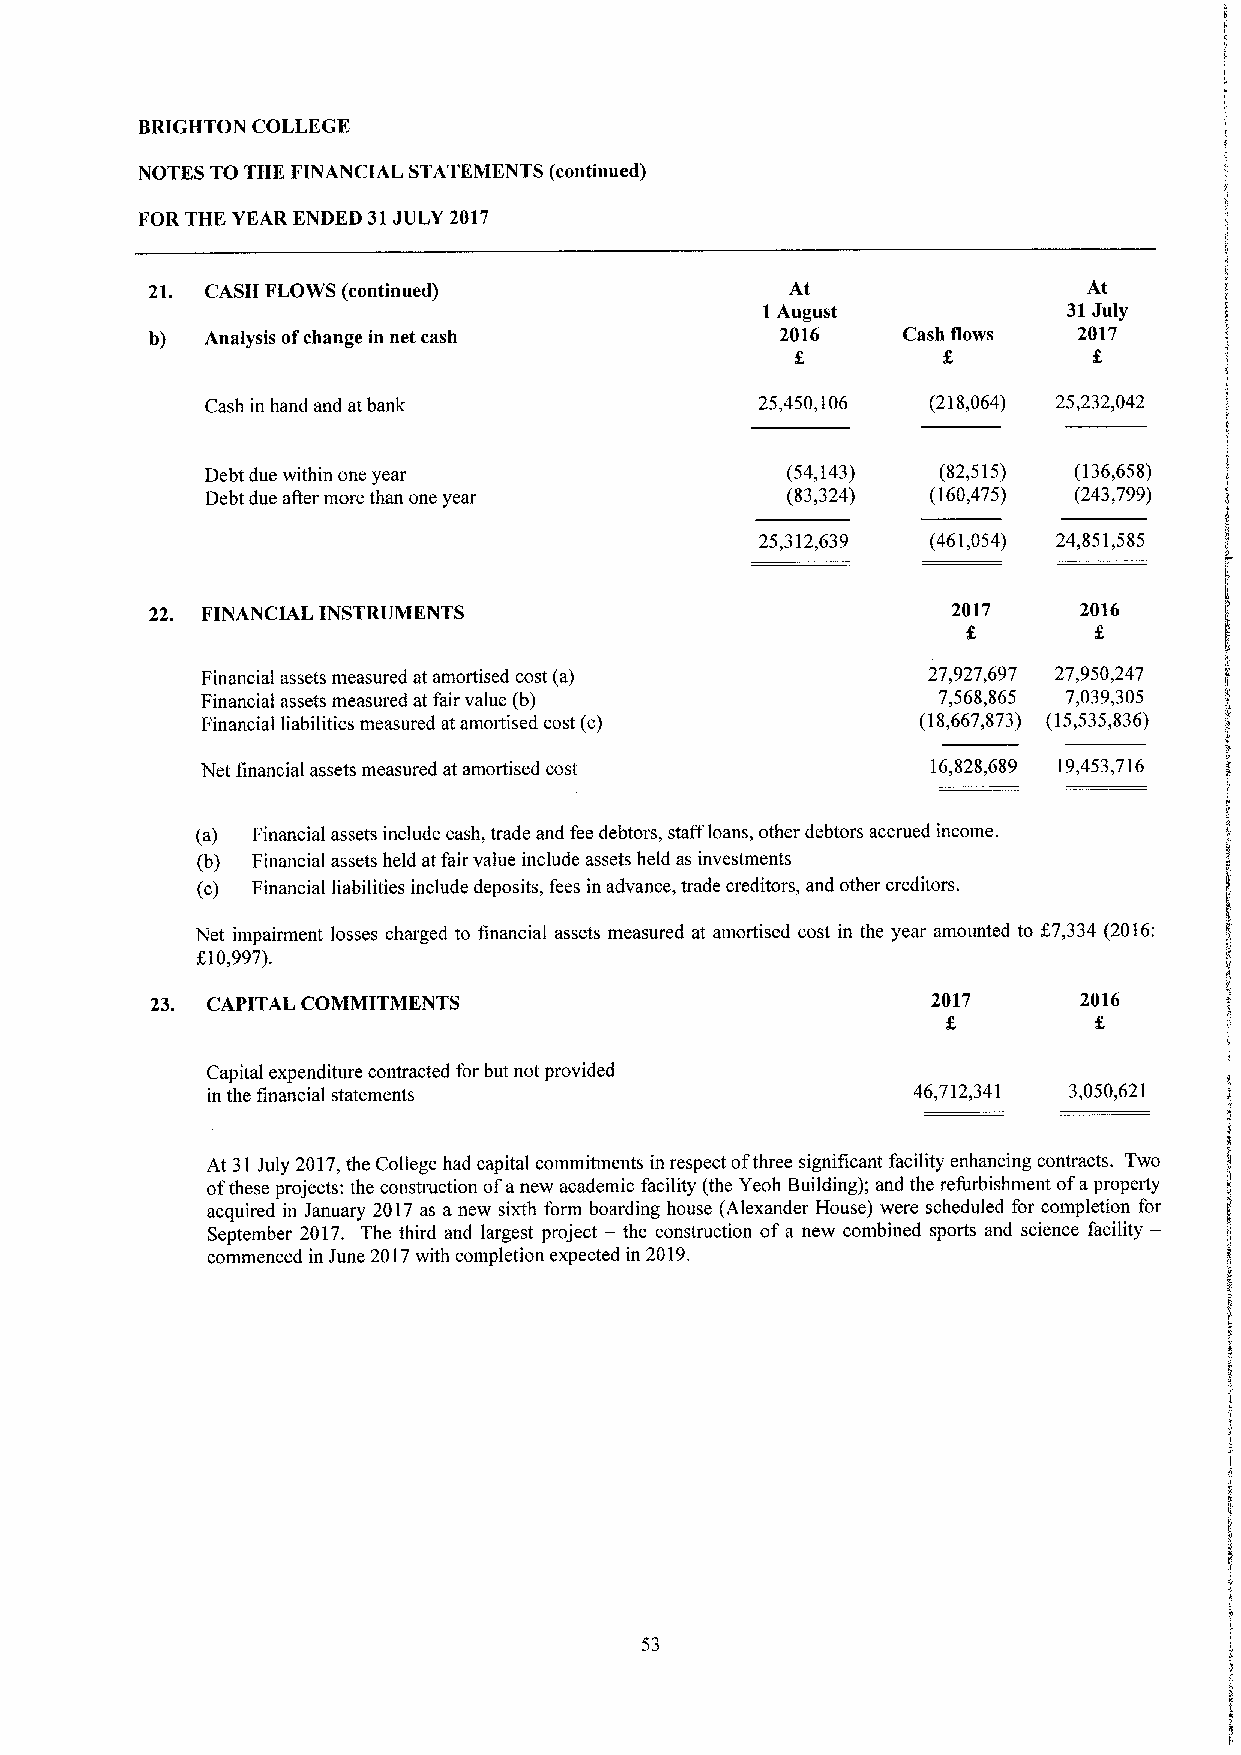
BRIGHTON COLLEGE
 NOTES TO THE FINANCIAL STATEMENTS (continued)
 FOR THE YEAR ENDED 31JULY 2017
 21. CASH FLOWS (continued)                At                  At
 1 August             31July
 b)  Analysis ofchange in net cash         2016    Cash flows 2017
 Cash in hand and at bank            25,450,106  (218,064) 25,232,042
 Debt due within one year              (54,143)  (82,515) (136,658)
 Debt due after more than one year     (83,324)  (160,475) (243,799)
 25,312,639  (461,054) 24,851,585
 22. FINANCIAL INSTRUMENTS                            2017    2016
 Financial assets measured at amortised cost (a) 27,927,697 27,950,247
 Financial assets measured at fair value (b)      7,568,865 7,039,305
 Financial liabilities measured at amortised cost (c) (18,667,873) (15,535,836)
 Net financial assets measured at amortised cost  16,828,689 19,453,716
 (a) Financial assets include cash, trade and fee debtors, staff loans, other debtors accrued income.
 (b) Financial assets held at fair value include assets held as investments
 (c) Financial liabilities include deposits, fees in advance, trade creditors, and other creditors.
 Net impairment losses charged to financial assets measured at amortised cost in the year amounted to f 7,334 (2016:
 f10,997).
 23. CAPITAL COMMITMENTS                             2017     2016
 Capital expenditure contracted for but not provided
 in the financial statements                   46,712,341 3,050,621
 At 31July 2017,the College had capital commitments in respect ofthree significant facility enhancing contracts. Two
 ofthese projects: the construction ofa new academic facility (the Yeoh Building); and the refurbishment ofaproperty
 acquired in January 2017 as a new sixth form boarding house (Alexander House) were scheduled for completion for
 September 2017. The third and largest project — the construction of a new combined sports and science facility—
 commenced in June 2017with completion expected in 2019.
 53